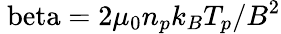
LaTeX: \mathrm{\ beta}=2\mu_{0}n_{p}k_{B}T_{p}/B^{2}